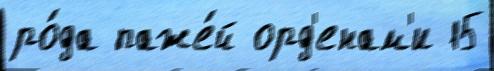
ро́да паже́й орд'енам'и 15